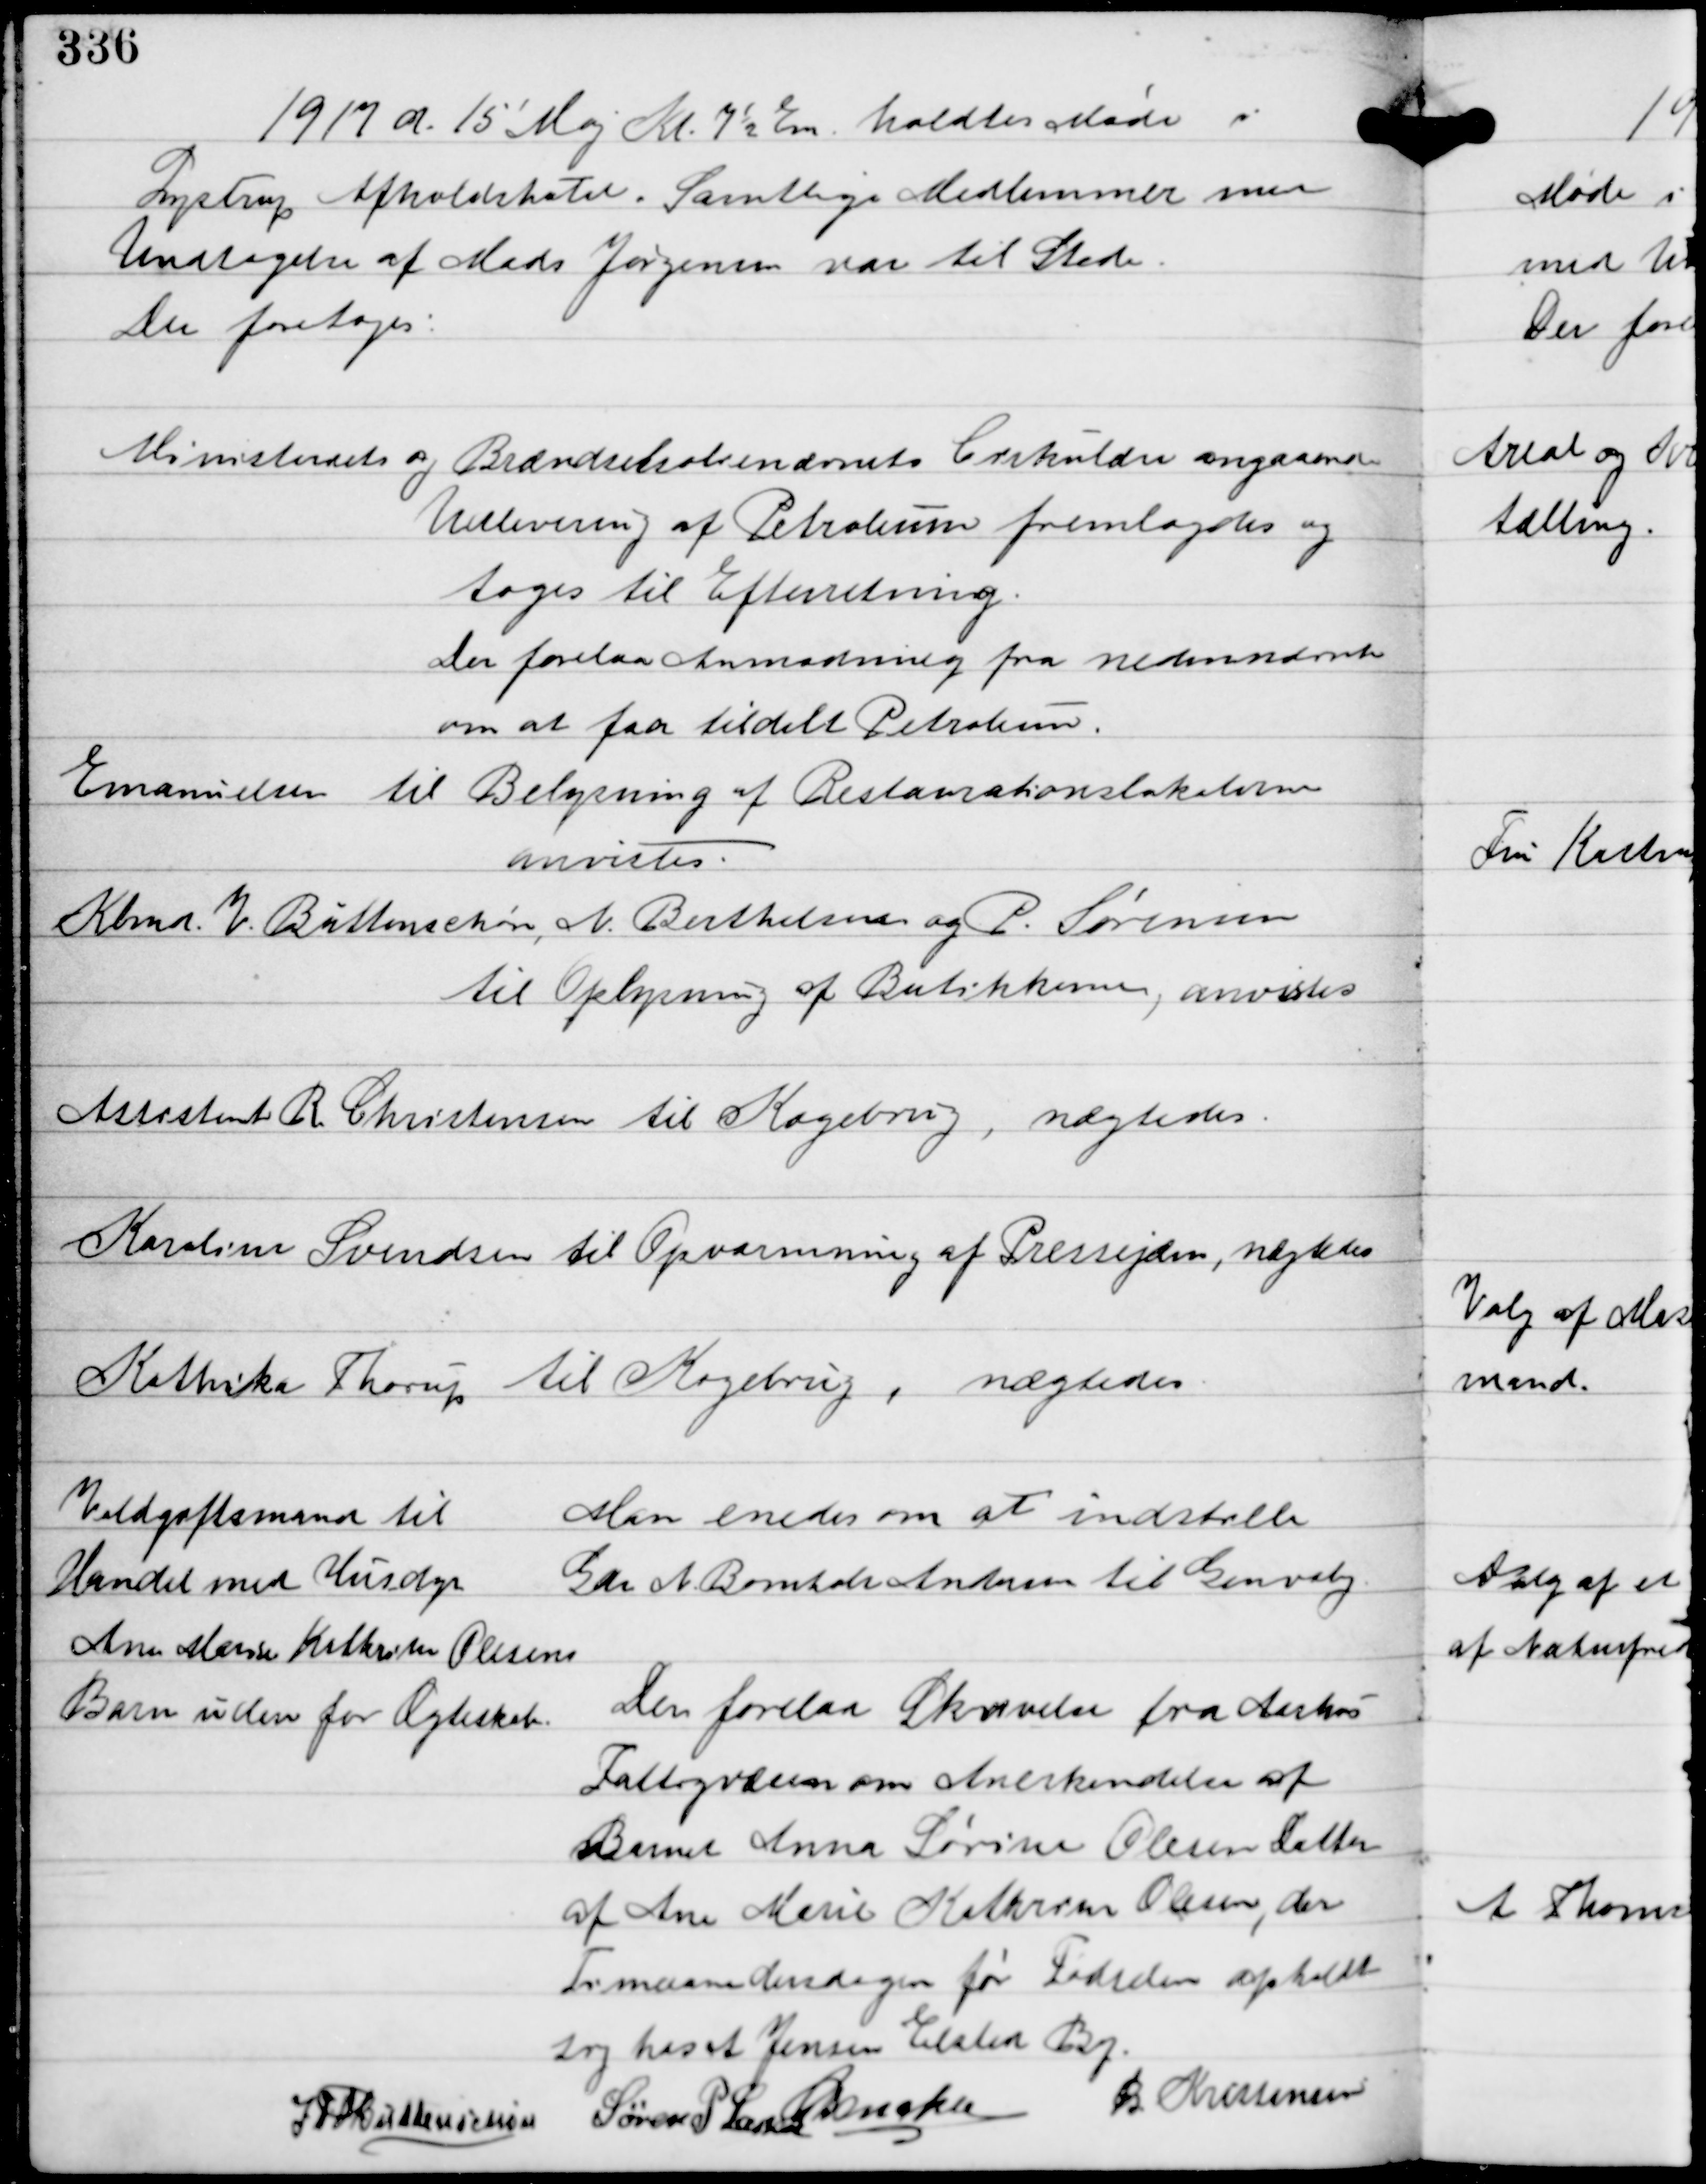
Transskription:
1917 d. 15' Maj Kl 7½ Em holdtes Møde i
Lystrup Afholdshotel. Samtlige Medlemmer med
Undtagelse af Mads Jørgensen var til Stede.
Der foretoges:

Ministeriets og Brændselsnævnets Cirkulære angaaende
Udlevering af Petroleum fremlagdes og
toges til Efterretning.
Der forelaa Anmodning fra nedennævnte
om at faa tildelt Petroleum.

Emanuelsen til Belysning af Restaurationslokalerne
anvistes.

Kbdm V Buttenschøn og P. Sørensen
til Oplysning af Butikkerne, anvistes

Assistent R Christensen til Kogebrug, nægtedes

Karoline Svendsen til Opvarmning af Pressejern, nægtedes

Kathinka Thorup til Kogebrug, nægtedes

Voldgiftsmand til
Handel med Husdyr

Man enedes om at indstille
Gdr N Bomholt Andersen til Genvalg

Ane Marie Kathrine Olesens
Barn uden for Ægteskab.

Der forelaa Skrivelse fra Aarhus
Fattigvæsen om Anerkendelse af
Barnet Anna Sørine Olesen Datter
af Ane Marie Kathrine Olesen, der
Timaanedersdagen før Fødslen opholdt
sig hos A Jensen Elsted By

IFV Buttenschøn
Søren P Lassen C Dencker
B Kristensen